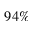
9 4 \%